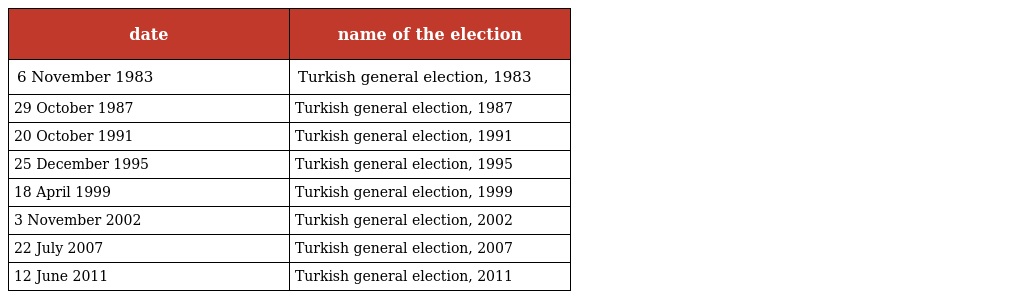
| date | name of the election |
 | --- | --- |
 | 6 November 1983 | Turkish general election, 1983 |
 | 29 October 1987 | Turkish general election, 1987 |
 | 20 October 1991 | Turkish general election, 1991 |
 | 25 December 1995 | Turkish general election, 1995 |
 | 18 April 1999 | Turkish general election, 1999 |
 | 3 November 2002 | Turkish general election, 2002 |
 | 22 July 2007 | Turkish general election, 2007 |
 | 12 June 2011 | Turkish general election, 2011 |